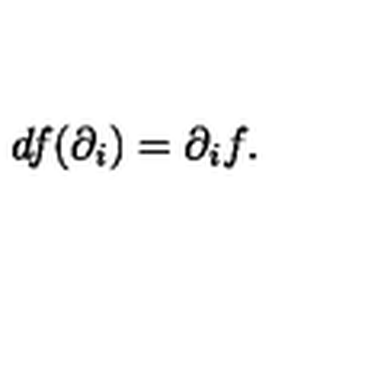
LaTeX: d f ( \partial _ { i } ) = \partial _ { i } f .